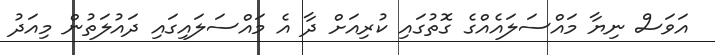
އަވަސް ނިޔާ މައްސަލައެއްގެ ގޮތުގައި ކުރިއަށް ދާ އެ މައްސަލައިގައި ދައުލަތުން މިއަދު